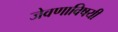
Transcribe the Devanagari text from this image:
जेवणाविषयी